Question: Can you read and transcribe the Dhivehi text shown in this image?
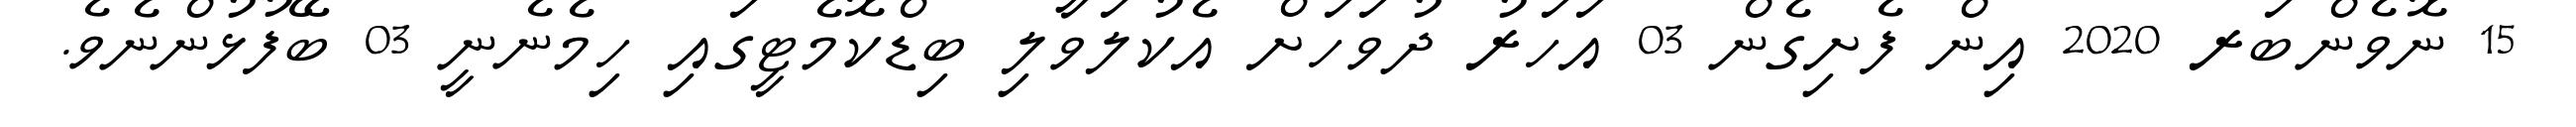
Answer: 15 ނޮވެންބަރ 2020 އިން ފެށިގެން 03 އަހަރު ދުވަހަށް އެކުލަވާލި ބިޑްކޮމެޓީގައި ހިމެނެނީ 03 ބޭފުޅުންނެވެ.